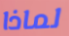
لماذا